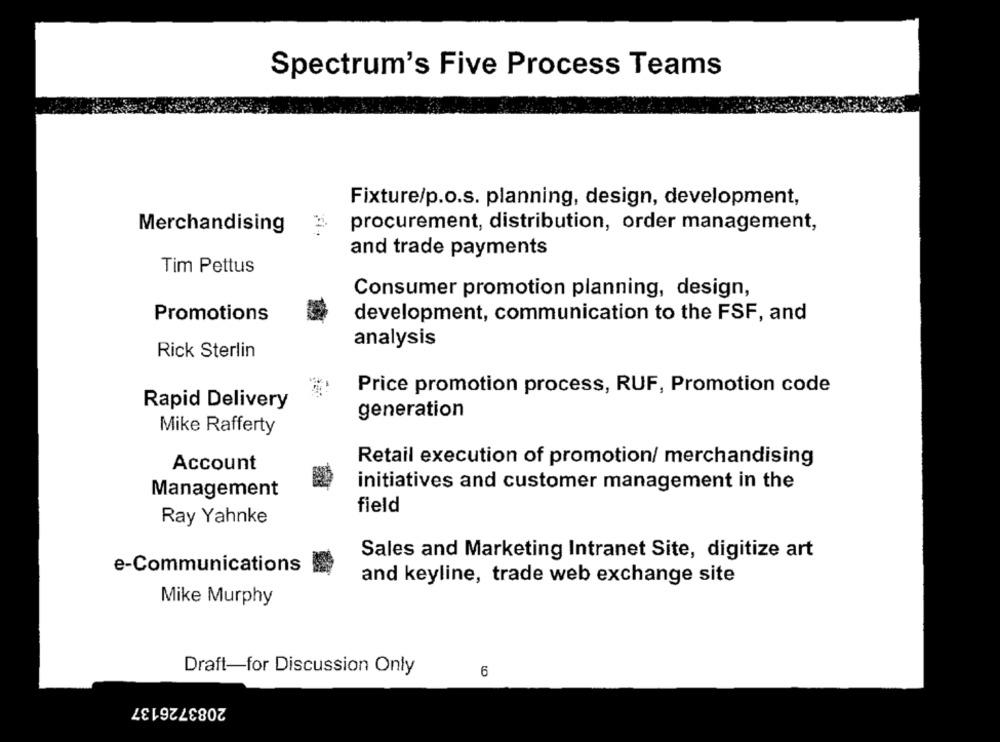
Spectrum's Five Process Teams
Fixture/p.o.s. planning, design, development,
Merchandising
procurement, distribution, order management,
and trade payments
Tim Pettus
Consumer promotion planning, design,
Promotions
development, communication to the FSF, and
analysis
Rick Sterlin
Price promotion process, RUF, Promotion code
Rapid Delivery
generation
Mike Rafferty
Account
Retail execution of promotion/ merchandising
initiatives and customer management in the
Management
field
Ray Yahnke
Sales and Marketing Intranet Site, digitize art
e-Communications
and keyline, trade web exchange site
Mike Murphy
Draft-for Discussion Only
6
2083726137